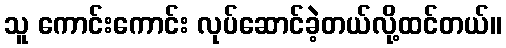
သူ ကောင်းကောင်း လုပ်ဆောင်ခဲ့တယ်လို့ထင်တယ်။